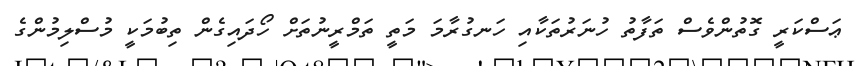
ޢަސްކަރީ ގޮތުންވެސް ތަފާތު ހުނަރުތަކާއި ހަނގުރާމަ މަތީ ތަމްރީނުތަށް ހޯދައިގެން ތިބުމަކީ މުސްލިމުންގެ